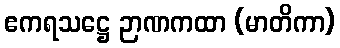
ဧကရသဋ္ဌေ ဉာဏကထာ (မာတိကာ)